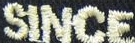
SINCE